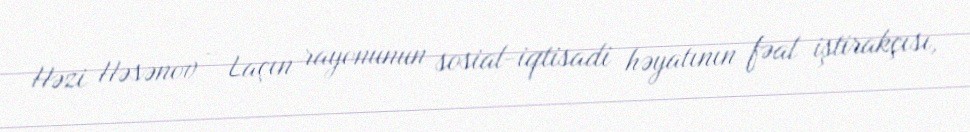
Həzi Həsənov - Laçın rayonunun sosial-iqtisadi həyatının fəal iştirakçısı,